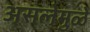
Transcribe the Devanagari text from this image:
असलेमुळे